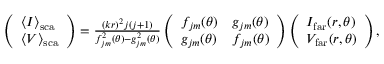
\begin{array} { r } { \left( \begin{array} { l } { \langle I \rangle _ { \mathrm { { s c a } } } } \\ { \langle V \rangle _ { \mathrm { s c a } } } \end{array} \right) = \frac { ( k r ) ^ { 2 } j ( j + 1 ) } { f _ { j m } ^ { 2 } ( \theta ) - g _ { j m } ^ { 2 } ( \theta ) } \left( \begin{array} { l l } { f _ { j m } ( \theta ) } & { g _ { j m } ( \theta ) } \\ { g _ { j m } ( \theta ) } & { f _ { j m } ( \theta ) } \end{array} \right) \left( \begin{array} { l } { I _ { \mathrm { f a r } } ( r , \theta ) } \\ { V _ { \mathrm { f a r } } ( r , \theta ) } \end{array} \right) , } \end{array}